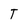
Character: T